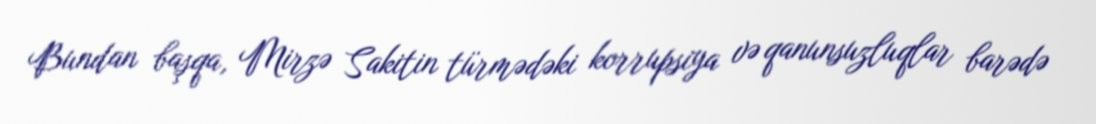
Bundan başqa, Mirzə Sakitin türmədəki korrupsiya və qanunsuzluqlar barədə